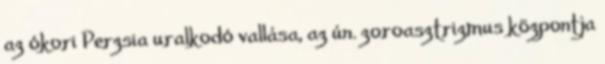
az ókori Perzsia uralkodó vallása, az ún. zoroasztrizmus központja